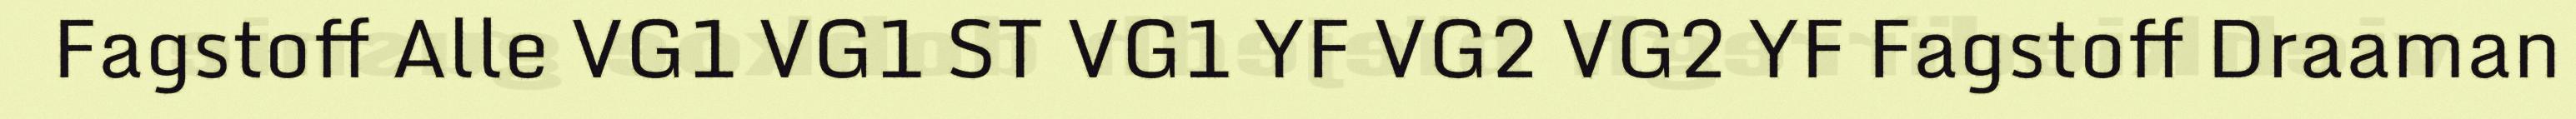
Fagstoff Alle VG1 VG1 ST VG1 YF VG2 VG2 YF Fagstoff Draaman